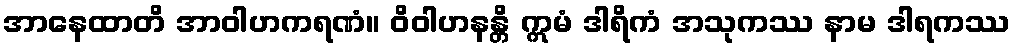
အာနေထာတိ အာဝါဟကရဏံ။ ဝိဝါဟနန္တိ ဣမံ ဒါရိကံ အသုကဿ နာမ ဒါရကဿ